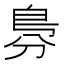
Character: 𠝷